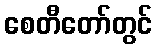
စေတီတော်တွင်